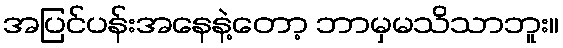
အပြင်ပန်းအနေနဲ့တော့ ဘာမှမသိသာဘူး။